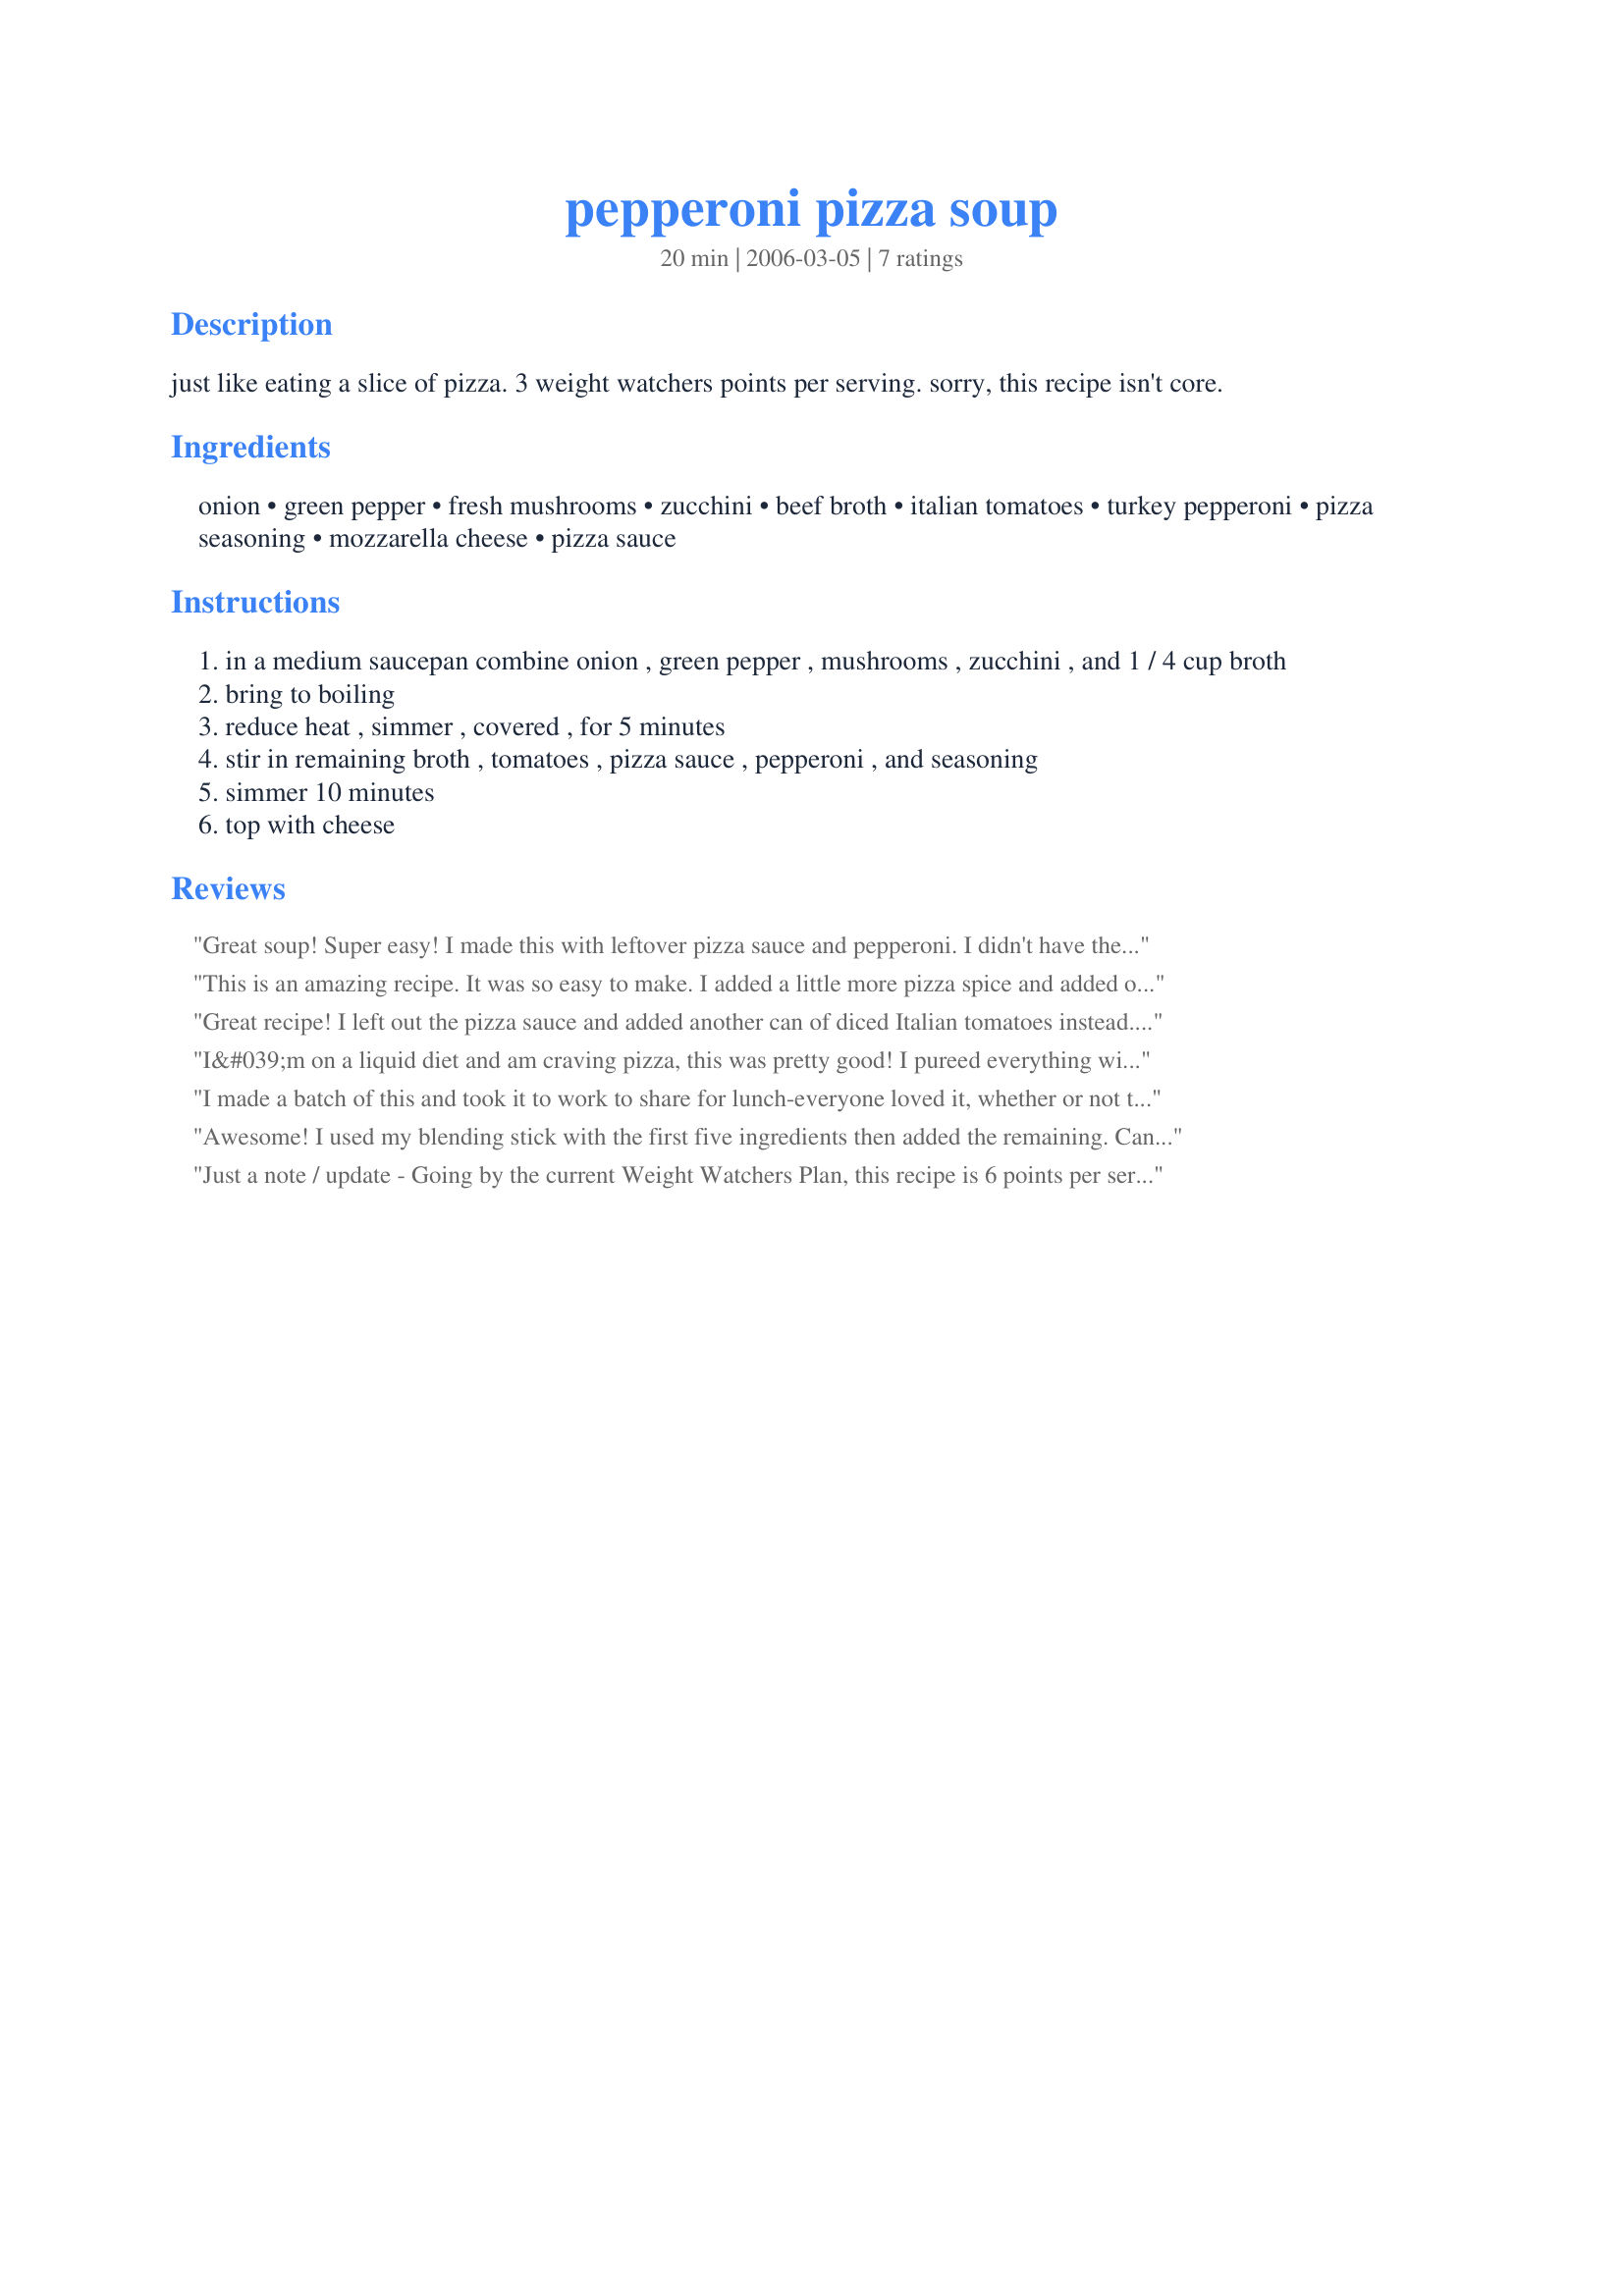
pepperoni pizza soup
Preparation time: 20 minutes

just like eating a slice of pizza. 3 weight watchers points per serving. sorry, this recipe isn't core.

Ingredients:
onion, green pepper, fresh mushrooms, zucchini, beef broth, italian tomatoes, turkey pepperoni, pizza seasoning, mozzarella cheese, pizza sauce

Steps:
in a medium saucepan combine onion , green pepper , mushrooms , zucchini , and 1 / 4 cup broth
bring to boiling
reduce heat , simmer , covered , for 5 minutes
stir in remaining broth , tomatoes , pizza sauce , pepperoni , and seasoning
simmer 10 minutes
top with cheese

Reviews:
Great soup! Super easy! I made this with leftover pizza sauce and pepperoni. I didn't have the full amounts listed in the recipe, but the soup didn't suffer. A very easy, light meal.
This is an amazing recipe. It was so easy to make. I added a little more pizza spice and added olives and its great. I recommend this soup for small get togethers, or anytime you feel like pizza. I can't believe its only 3 WW points - it has so much flavour! I'm bringing it in to work on Monday for everyone to try out. Thanks a million!
Great recipe! I left out the pizza sauce and added another can of diced Italian tomatoes instead. With this substitution, if you don't put the mozzerella cheese on top, the recipe is only ONE POINT PER CUP!! Adding 1/4 cup of fat-free mozzerella on top of your cup of soup only adds one extra point. Also, I used canned mushrooms instead of fresh; this seemed to work fine.
I&#039;m on a liquid diet and am craving pizza, this was pretty good! I pureed everything with an immersion blender and even though I didn&#039;t have the correct amounts of all the ingredients, it turned out nice. Very flexible recipe. I added chunks of parmesan off the block which melted into the soup to give it a great flavor. My 6 year old ate it with the addition of rice and gave me the thumbs up.
I made a batch of this and took it to work to share for lunch-everyone loved it, whether or not they are following the plan. Thanks for an easy, tasty change of WW pace!
Awesome! I used my blending stick with the first five ingredients then added the remaining. Can't stop eating this!
Just a note / update - Going by the current Weight Watchers Plan, this recipe is 6 points per serving
